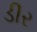
ડીર